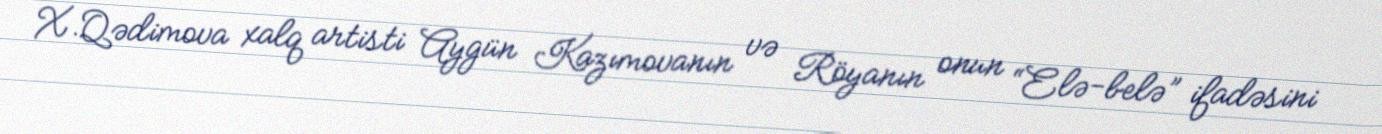
X.Qədimova xalq artisti Aygün Kazımovanın və Röyanın onun “Elə-belə” ifadəsini